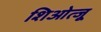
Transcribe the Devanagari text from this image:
शिओत्जू